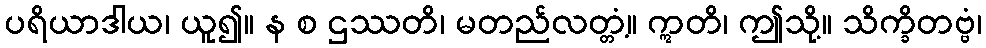
ပရိယာဒါယ၊ ယူ၍။ န စ ဌဿတိ၊ မတည်လတ္တံ့။ ဣတိ၊ ဤသို့။ သိက္ခိတဗ္ဗံ၊